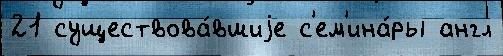
21 существова́вшиjе с'ем'ина́ры англ